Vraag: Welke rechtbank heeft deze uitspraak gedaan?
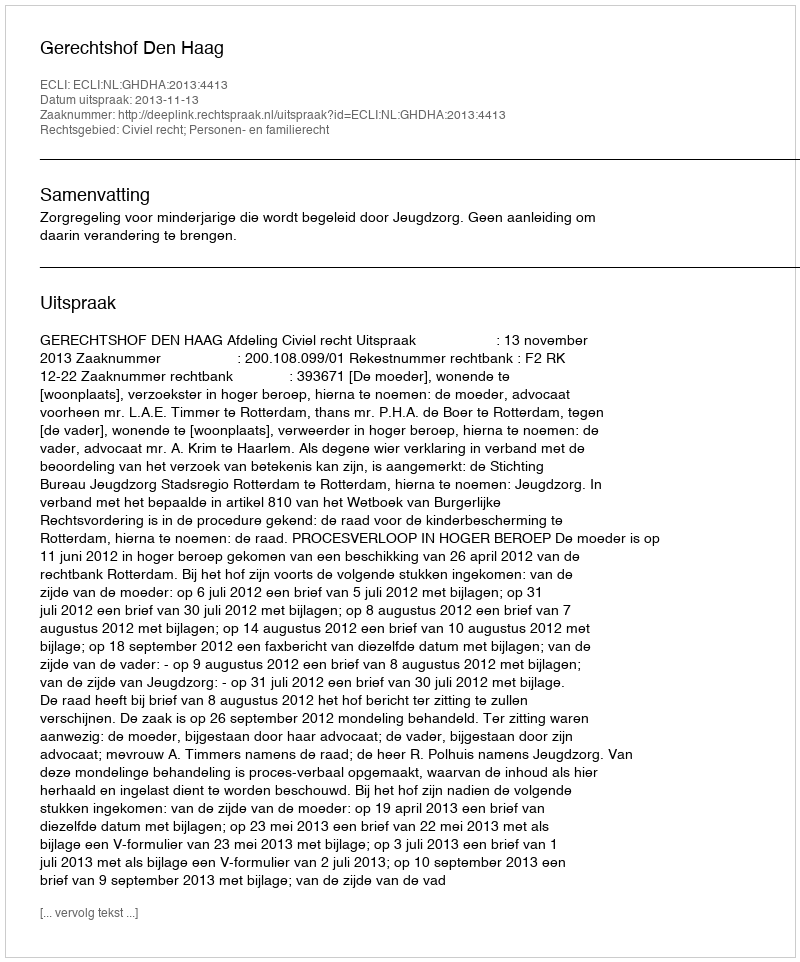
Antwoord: Gerechtshof Den Haag